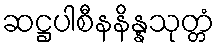
ဆဋ္ဌပါစီနနိန္နသုတ္တံ